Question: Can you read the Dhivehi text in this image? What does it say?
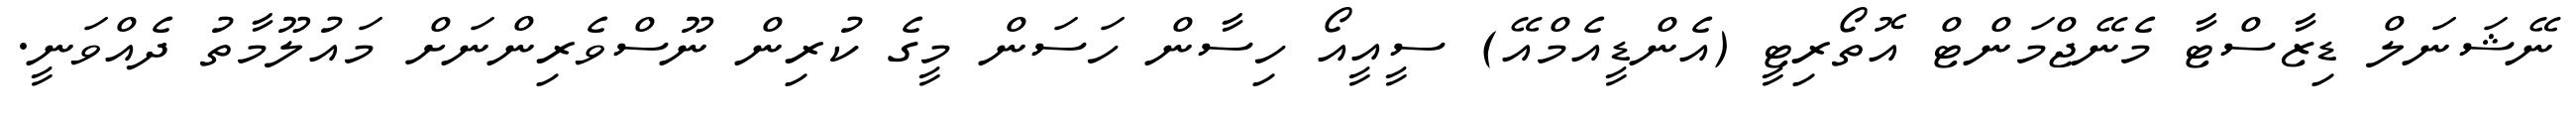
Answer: ނޭޝަނަލް ޑިޒާސްޓާ މެނޭޖްމަންޓް އޮތޯރިޓީ (އެންޑީއެމްއޭ) ސީއީއޯ ހިސާން ހަސަން މީގެ ކުރިން ނޫސްވެރިންނަށް މައުލޫމާތު ދެއްވަނީ.